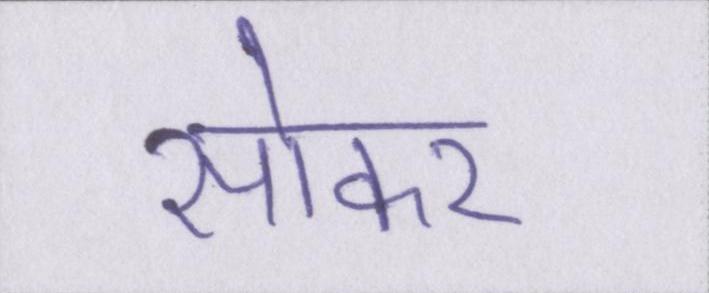
सोकर